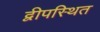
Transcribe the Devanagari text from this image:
द्वीपस्थित